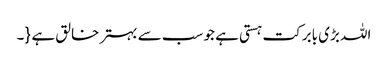
اللہ بڑی بابرکت ہستی ہے جو سب سے بہتر خالق ہے {۔